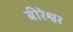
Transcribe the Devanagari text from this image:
बीरेश्वर